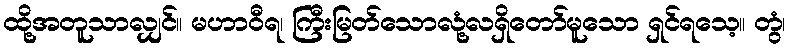
ထို့အတူသာလျှင်။ မဟာဝီရ၊ ကြီးမြတ်သောလုံ့လရှိတော်မူသော ရှင်ရသေ့။ တွံ၊